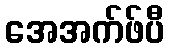
အေအက်ဖ်ပီ